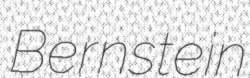
Bernstein